Problem: 7 × 6 = ?
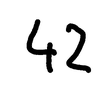
Handwritten answer: 42